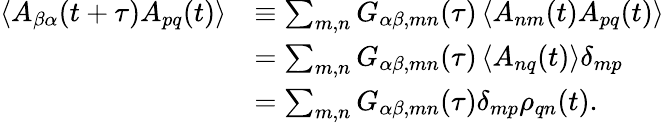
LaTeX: \begin{array}{rl}{\left\langle A_{\beta\alpha}(t+\tau)A_{pq}(t)\right\rangle}&{\equiv\sum_{m,n}G_{\alpha\beta,mn}(\tau)\left\langle A_{nm}(t)A_{pq}(t)\right\rangle}\\ &{=\sum_{m,n}G_{\alpha\beta,mn}(\tau)\left\langle A_{nq}(t)\right\rangle\delta_{mp}}\\ &{=\sum_{m,n}G_{\alpha\beta,mn}(\tau)\delta_{mp}\rho_{qn}(t).}\end{array}